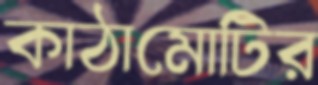
কাঠামোটির